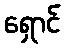
ရှောင်